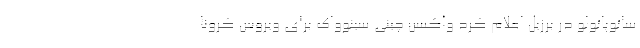
سائوپائولو در برزیل اعلام کرد واکسن چینی سینوواک برای ویروس کرونا